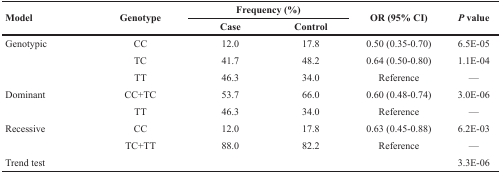
<table><thead><tr><td rowspan="2"><b>Model</b></td><td rowspan="2"><b>Genotype</b></td><td colspan="2"><b>Frequency (%)</b></td><td rowspan="2"><b>OR (95% CI)</b></td><td rowspan="2"><b><i>P</i> value</b></td></tr><tr><td><b>Case</b></td><td><b>Control</b></td></tr></thead><tbody><tr><td>Genotypic</td><td>CC</td><td>12.0</td><td>17.8</td><td>0.50 (0.35-0.70)</td><td>6.5E-05</td></tr><tr><td></td><td>TC</td><td>41.7</td><td>48.2</td><td>0.64 (0.50-0.80)</td><td>1.1E-04</td></tr><tr><td></td><td>TT</td><td>46.3</td><td>34.0</td><td>Reference</td><td>—</td></tr><tr><td>Dominant</td><td>CC+TC</td><td>53.7</td><td>66.0</td><td>0.60 (0.48-0.74)</td><td>3.0E-06</td></tr><tr><td></td><td>TT</td><td>46.3</td><td>34.0</td><td>Reference</td><td>—</td></tr><tr><td>Recessive</td><td>CC</td><td>12.0</td><td>17.8</td><td>0.63 (0.45-0.88)</td><td>6.2E-03</td></tr><tr><td></td><td>TC+TT</td><td>88.0</td><td>82.2</td><td>Reference</td><td>—</td></tr><tr><td>Trend test</td><td></td><td></td><td></td><td></td><td>3.3E-06</td></tr></tbody></table>